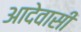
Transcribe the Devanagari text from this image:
आदेवासी